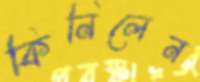
কিনিলেন